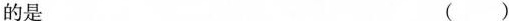
的是 ()